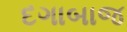
દગાબાજ